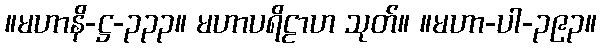
။မဟာနိ-ဋ္ဌ-၃၃၃။ မဟာပရိဠာဟ သုတ်။ ။မဟာ-ပါ-၃၉၃။